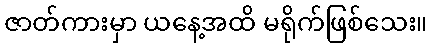
ဇာတ်ကားမှာ ယနေ့အထိ မရိုက်ဖြစ်သေး။